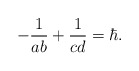
\begin{align*}-\frac{1}{ab}+\frac{1}{cd}=\hbar.\end{align*}